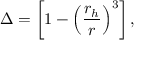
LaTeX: \Delta = \left[ 1 - \left( { \frac { r _ { h } } { r } } \right) ^ { 3 } \right] ,